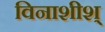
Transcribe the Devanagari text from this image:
विनाशीश्